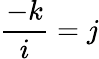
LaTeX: {\frac{-k}{i}}=j